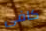
كافى